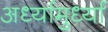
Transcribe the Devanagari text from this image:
अर्ध्यामुर्ध्या